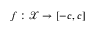
f : \mathcal { X } \rightarrow [ - c , c ]